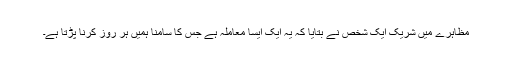
مظاہرے میں شریک ایک شخص نے بتایا کہ یہ ایک ایسا معاملہ ہے جس کا سامنا ہمیں ہر روز کرنا پڑتا ہے۔